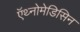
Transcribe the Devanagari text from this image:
ऍथ्नोमेडिसिन